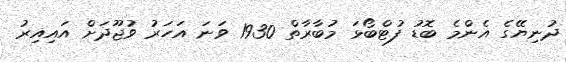
ދުނިޔޭގެ އެންމެ ބޮޑު ފުޓްބޯޅަ މުބާރާތް 1930 ވަނަ އަހަރު ވުޖޫދަށް އައިއިރު